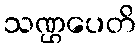
သဏ္ဌပေတိ